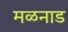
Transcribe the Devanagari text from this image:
मळनाड